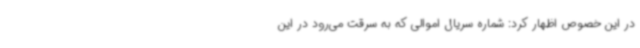
در این خصوص اظهار کرد: شماره سریال اموالی که به سرقت می‌رود در این